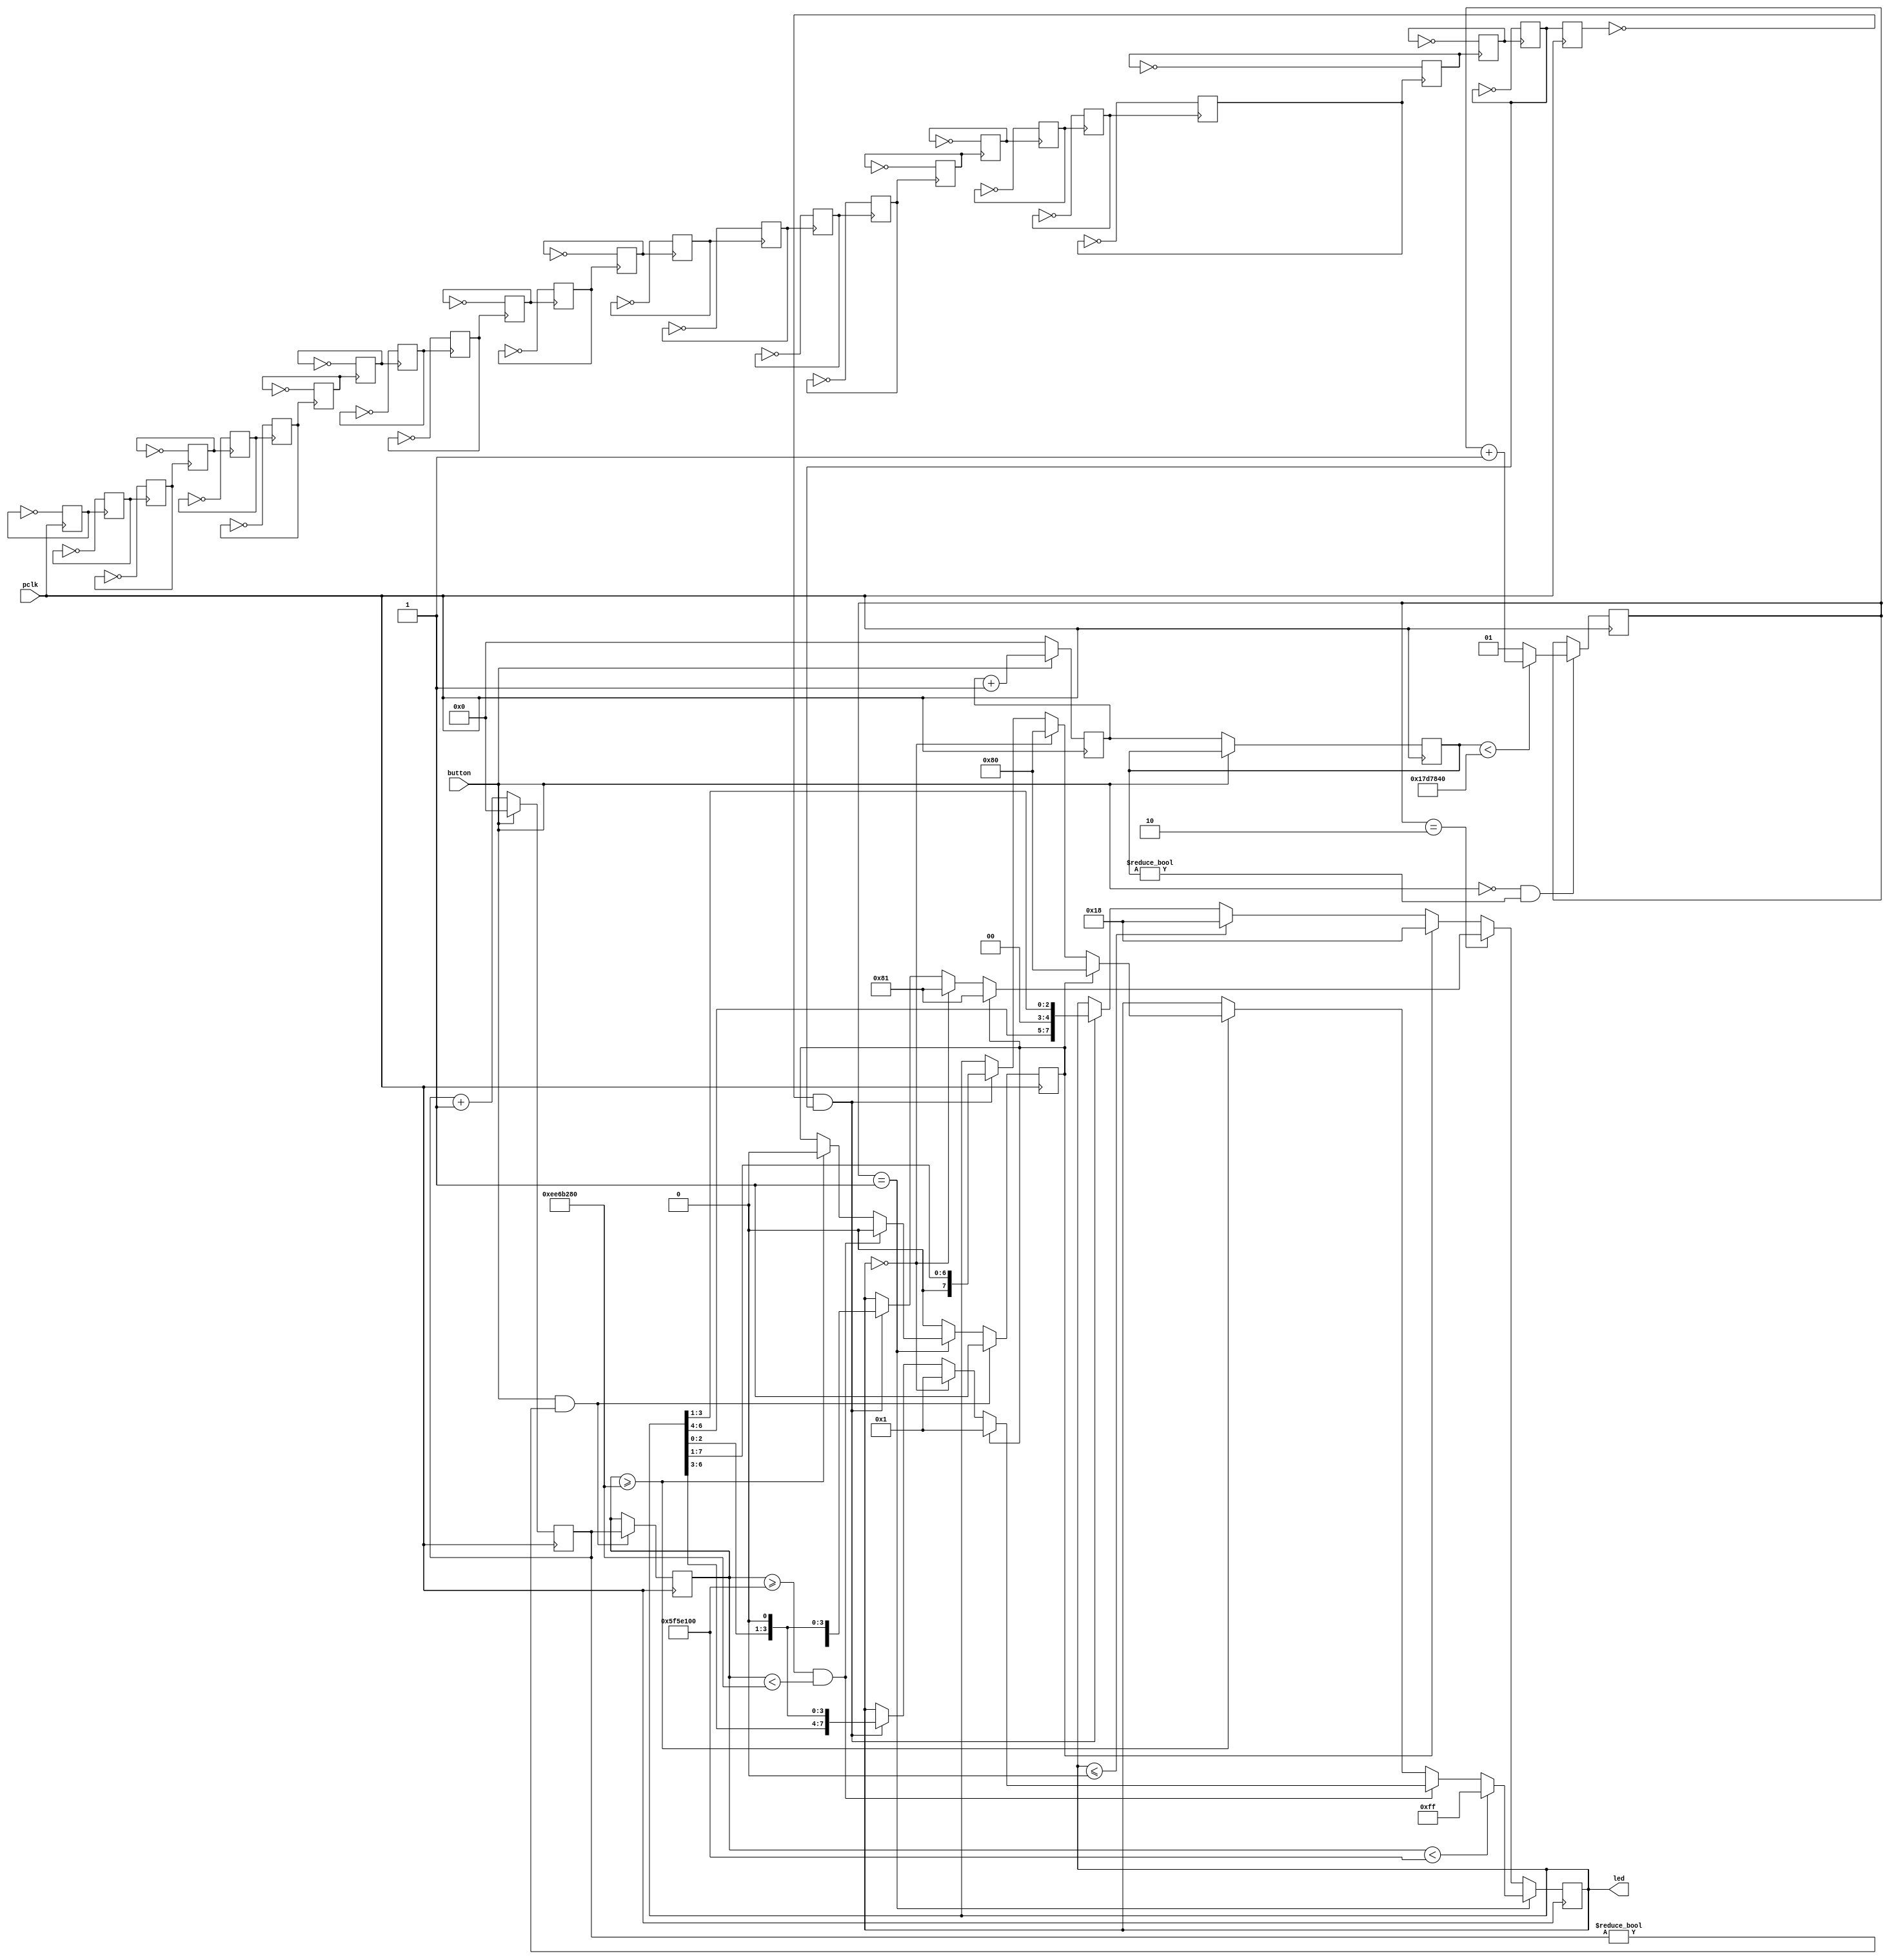
module control_led(
  input   pclk,
  input   button,
  output reg  [7:0] led
);
reg [31:0] press_count, release_count, press_catch, release_catch;
reg start_case; 
reg [1:0] click;

reg clk1, clk2, clk3, clk4, clk5, clk6, clk7, clk8, clk9,
    clk10, clk11, clk12, clk13, clk14, clk15, clk16, clk17, clk18, clk19,
    clk20, clk21, clk22, clk23, clk24, clk25;

always @(posedge pclk) clk1 <= ~clk1; 
always @(posedge clk1) clk2 <= ~clk2; 
always @(posedge clk2) clk3 <= ~clk3; 
always @(posedge clk3) clk4 <= ~clk4; 
always @(posedge clk4) clk5 <= ~clk5; 
always @(posedge clk5) clk6 <= ~clk6;  
always @(posedge clk6) clk7 <= ~clk7; 
always @(posedge clk7) clk8 <= ~clk8; 
always @(posedge clk8) clk9 <= ~clk9; 
always @(posedge clk9) clk10 <= ~clk10; 
always @(posedge clk10) clk11 <= ~clk11;
always @(posedge clk11) clk12 <= ~clk12;
always @(posedge clk12) clk13 <= ~clk13;
always @(posedge clk13) clk14 <= ~clk14;
always @(posedge clk14) clk15 <= ~clk15;
always @(posedge clk15) clk16 <= ~clk16;
always @(posedge clk16) clk17 <= ~clk17;
always @(posedge clk17) clk18 <= ~clk18;
always @(posedge clk18) clk19 <= ~clk19;
always @(posedge clk19) clk20 <= ~clk20;
always @(posedge clk20) clk21 <= ~clk21;
always @(posedge clk21) clk22 <= ~clk22;
always @(posedge clk22) clk23 <= ~clk23;
always @(posedge clk23) clk24 <= ~clk24;
always @(posedge clk24) clk25 <= ~clk25;


reg last_clk_in;
wire count_en;
always @(posedge pclk) begin //posedge detection
  last_clk_in <= clk25;
end
assign count_en = ~last_clk_in & clk25;


always @(posedge pclk) begin //count
  if (button == 1'b0) begin
    press_count <= press_count + 1'b1;
    release_count <= 32'h0000_0000;
  end else begin
    press_count <= 32'h0000_0000;
    release_count <= release_count + 1'b1;
  end
end

always @(posedge pclk) begin //click
  if(button == 1'b0 && release_catch != 32'h0000_0000) begin
    if(release_catch < 32'd25000000) begin
      click <= click + 1'b1;
    end else begin
      click <= 2'b01;
    end
  end else begin
    click <= click;
  end
end

always @(posedge pclk) begin //start case
	if (button == 1'b1 && press_count != 32'h0000_0000) begin
		start_case <= 1'b1;
	end else if (click == 2'b01) begin
		if (press_catch >= 32'd100000000 && press_catch < 32'd250000000) begin
			if (start_case == 1'b1) begin
				start_case <= 1'b0;
			end else begin
				start_case <= start_case;
			end
		end else if (press_catch >= 32'd250000000) begin
			if (start_case == 1'b1) begin
				start_case <= 1'b0;
			end else begin
				start_case <= start_case;
			end
		end else begin
			start_case <= start_case;
		end
	end else if (click == 2'b10) begin
		if (start_case == 1'b1) begin
			start_case <= 1'b0;
		end else begin
			start_case <= start_case;
		end
	end else begin
		if (start_case == 1'b1) begin
			start_case <= 1'b0;
		end else begin
			start_case <= start_case;
		end
	end
end

always @(posedge pclk) begin //press_catch
  if (button == 1'b1 && press_count != 32'h0000_0000) begin
    press_catch <= press_count;
  end else begin
    press_catch <= press_catch;
  end
end

always @(posedge pclk) begin //release_catch
  if (button == 1'b0) begin
    release_catch <= release_count;
  end else begin
    release_catch <= release_catch;
  end
end

always @(posedge pclk) begin //control_led
  if (click == 2'b01) begin
    if (press_catch < 32'd100000000) begin
      led <= 8'hff;
    end else if (press_catch >= 32'd100000000 && press_catch < 32'd250000000) begin
      if (start_case == 1'b1) begin
        led <= 8'h01;
      end else begin
        if (led == 8'h00) begin
          led <= 8'h01;
        end else begin
          if (count_en == 1'b1) begin
            led <= {led[6:0], 1'b0};
          end else begin
            led <= led;
          end
        end
      end
    end else if (press_catch >= 32'd250000000) begin
      if (start_case == 1'b1) begin
        led <= 8'h80;
      end else begin
        if (led == 8'h00) begin
          led <= 8'h80;
        end else begin
          if (count_en == 1'b1) begin
            led <= {1'b0, led[7:1]};
          end else begin
            led <= led;
          end
        end
      end
    end else begin
      led <= led;
    end
  end else if(click == 2'b10) begin
    if (start_case == 1'b1) begin
      led <= 8'h81;
    end else begin
      if (led == 8'h00) begin
        led <= 8'h81;
      end else begin
        if (count_en == 1'b1) begin
          led <= {1'b0, led[7:5], led[2:0], 1'b0};
        end else begin
          led <= led;
        end
      end
    end
  end else begin
    if (start_case == 1'b1) begin
      led <= 8'h18;
    end else begin
      if (led <= 8'h00) begin
        led <= 8'h18;
      end else begin
        if (count_en == 1'b1) begin
          led <= {led[6:4], 1'b0, 1'b0, led[3:1]};
        end else begin
          led <= led;
        end
      end
    end
  end
end

endmodule